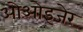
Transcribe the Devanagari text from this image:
ओओइजेर